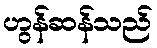
ဟွန်ဆန်သည်